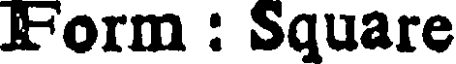
Form : Square